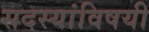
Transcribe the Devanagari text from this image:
सदस्यांविषयी